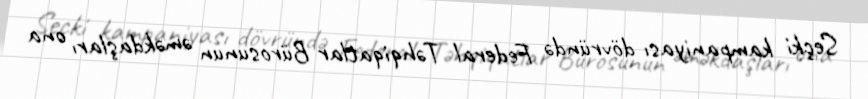
Seçki kampaniyası dövründə Federal Təhqiqatlar Bürosunun əməkdaşları ona